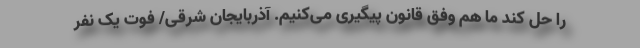
را حل کند ما هم وفق قانون پیگیری می‌کنیم. آذربایجان شرقی/ فوت یک نفر